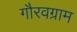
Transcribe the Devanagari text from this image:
गौरवग्राम